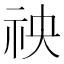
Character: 䄃